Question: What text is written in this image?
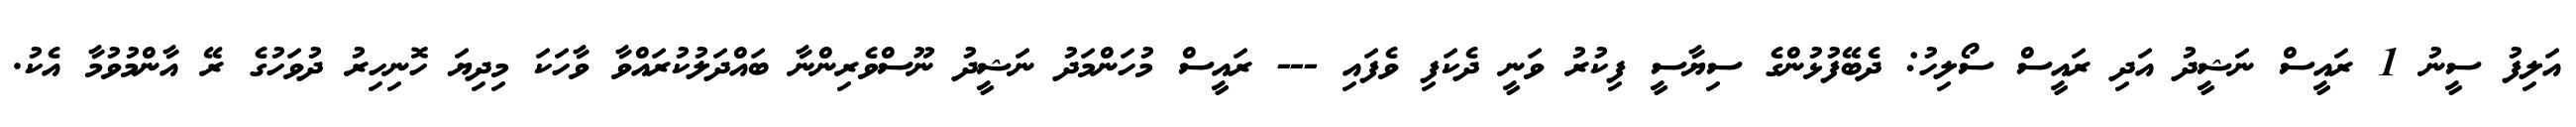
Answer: އަލިފު ސީނު 1 ރައީސް ނަޝީދު އަދި ރައީސް ސޯލިހު: ދެބޭފުޅުންގެ ސިޔާސީ ފިކުރު ވަނީ ދެކަފި ވެފައި --- ރައީސް މުހަންމަދު ނަޝީދު ނޫސްވެރިންނާ ބައްދަލުކުރައްވާ ވާހަކަ މިދިޔަ ހޮނިހިރު ދުވަހުގެ ރޭ އާންމުވުމާ އެކު.